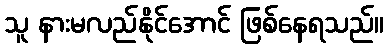
သူ နားမလည်နိုင်အောင် ဖြစ်နေရသည်။